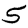
Digit: 5